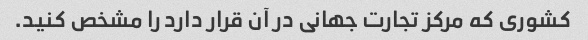
کشوری که مرکز تجارت جهانی در آن قرار دارد را مشخص کنید.